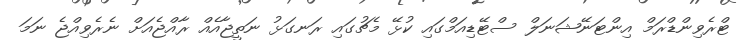
ޓްރެވިންޑްރަމް އިންޓަނޭޝަނަލް ސްޓޭޑިއަމްގައި ކުޅޭ މެޗުގައި ރަނގަޅު ނަތީޖާއެއް ރާއްޖެއަށް ނެރެވިއްޖެ ނަމަ